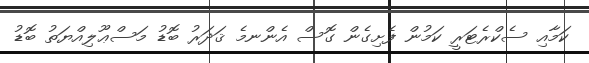
ކަމާއި ސެކްރެޓަރީ ކަމުން ފެށިގެން ގޮސް އެންނމެ ޤަދަރު ބޮޑު މަސްޢޫލިއްޔަތު ބޮޑު